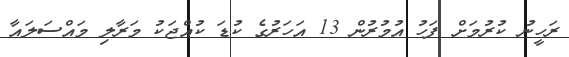
ރަހީނު ކުރުމަށް ފަހު އުމުރުން 13 އަހަރުގެ ކުޑަ ކުއްޖަކު މަރާލި މައްސަލައާ